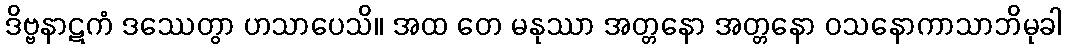
ဒိဗ္ဗနာဋကံ ဒဿေတွာ ဟသာပေသိ။ အထ တေ မနုဿာ အတ္တနော အတ္တနော ဝသနောကာသာဘိမုခါ